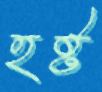
হষ্ট